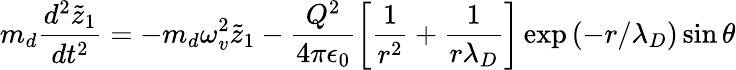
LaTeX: m_{d}\frac{d^{2}\tilde{z}_{1}}{dt^{2}}=-m_{d}\omega_{v}^{2}\tilde{z}_{1}-\frac{Q^{2}}{4\pi\epsilon_{0}}\left[\frac{1}{r^{2}}+\frac{1}{r\lambda_{D}}\right]\exp{\left(-r/\lambda_{D}\right)}\sin\theta